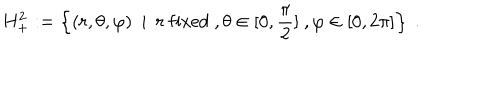
H _ { + } ^ { 2 } : = \left\{ ( r , \theta , \varphi ) \ \ | \ \ r \ \mathrm { f i x e d } \ , \theta \in [ 0 , \frac { \pi } { 2 } ] \ , \varphi \in [ 0 , 2 \pi ] \right\} \ .